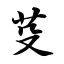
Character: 芟